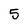
Character: 5